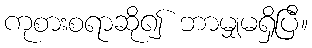
ကုစားစရာဆို၍ ဘာမျှမရှိပြီ။